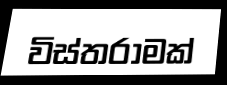
විස්තරාමක්